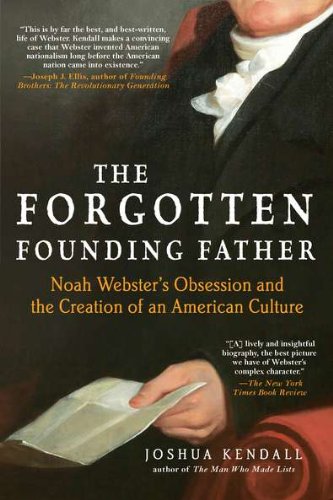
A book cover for The Forgotten Founding Father: Noah Webster's Obsession and the Creation of an American Culture; Joshua Kendall; Biographies & Memoirs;